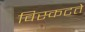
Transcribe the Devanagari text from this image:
विस्कटते